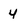
Character: 4